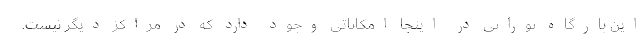
این بارگاه نورانی در اینجا امکاناتی وجود دارد که در مراکز دیگر نیست.